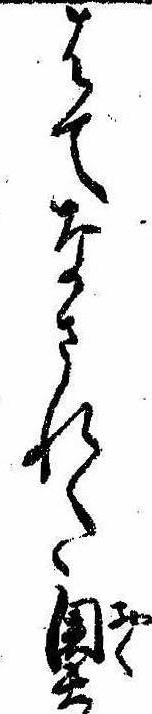
はてなされた奥